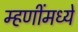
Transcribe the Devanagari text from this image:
म्हणींमध्ये